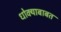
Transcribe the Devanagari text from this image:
धोक्याबाबत